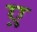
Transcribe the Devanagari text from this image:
ए़